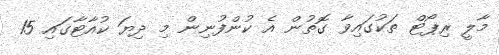
މާލީ ރިޕޯޓް ތަކުގައިވާ ގޮތުން އެ ކުންފުނިން މި ދިޔަ ކުއާޓާގައި 15